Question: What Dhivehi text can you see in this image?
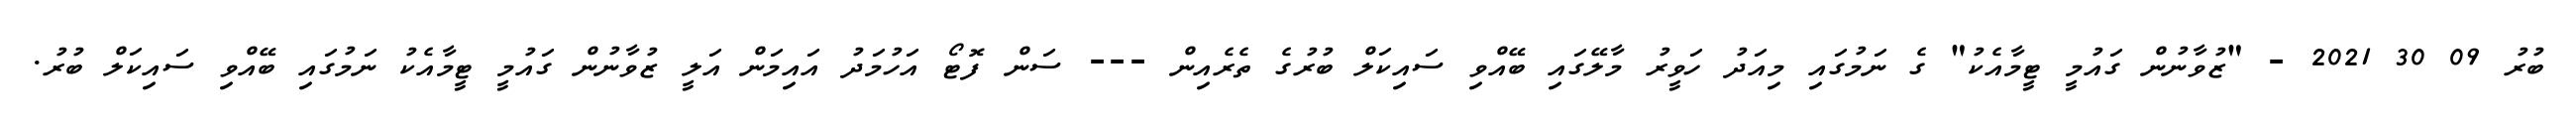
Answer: ބުރު 09 30 2021 - "ޒުވާނުން ގައުމީ ޓީމާއެކު" ގެ ނަމުގައި މިއަދު ހަވީރު މާލޭގައި ބޭއްވި ސައިކަލް ބުރުގެ ތެރެއިން --- ސަން ފޮޓޯ އަހުމަދު އައިމަން އަލީ ޒުވާނުން ގައުމީ ޓީމާއެކު ނަމުގައި ބޭއްވި ސައިކަލް ބުރު.